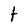
Character: t